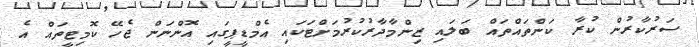
ސަރުކާރުން ކުރާ ކަންތައްތައް ބަލައި ޒިންމާދާރުކުރުމަށްޓަކައި އެމްޑީޕީގައި އޮންނަން ޖެހޭ ކޮމިޓީތައް އެ